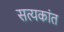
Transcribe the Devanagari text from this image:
सत्यकांत